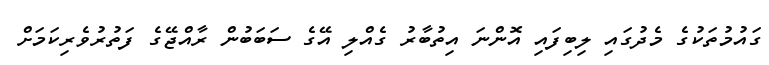
ގައުމުތަކުގެ މެދުގައި ލިބިފައި އޮންނަ އިތުބާރު ގެއްލި އޭގެ ސަބަބުން ރާއްޖޭގެ ފަތުރުވެރިކަމަށް